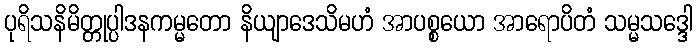
ပုရိသနိမိတ္တုပ္ပါဒနကမ္မတော နိယျာဒေသိမဟံ အာပစ္စယော အာရောပိတံ သမ္မသဒ္ဒေါ